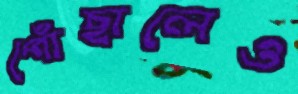
পোঁছালেও